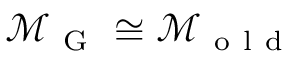
\mathcal { M } _ { \mathrm { ~ G ~ } } \cong \mathcal { M } _ { \mathrm { ~ o ~ l ~ d ~ } }